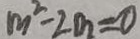
m ^ { 2 } - 2 m = 0